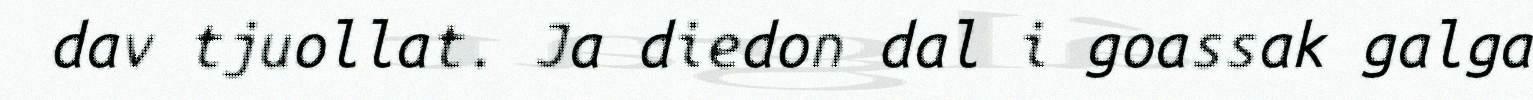
dav tjuollat. Ja diedon dal i goassak galga